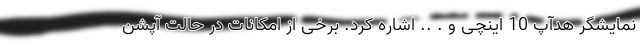
نمایشگر هدآپ 10 اینچی و . .. اشاره کرد. برخی از امکانات در حالت آپشن